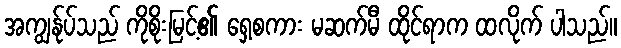
အကျွန်ုပ်သည် ကိုစိုးမြင့်၏ ရှေ့စကား မဆက်မီ ထိုင်ရာက ထလိုက် ပါသည်။